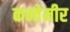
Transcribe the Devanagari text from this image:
कन्तेमीर